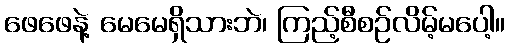
ဖေဖေနဲ့ မေမေရှိသားဘဲ၊ ကြည့်စီစဉ်လိမ့်မပေါ့။